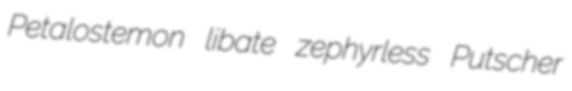
Petalostemon libate zephyrless Putscher